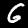
Digit: 6